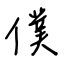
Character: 僕